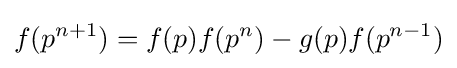
f(p^{n+1})=f(p)f(p^{n})-g(p)f(p^{n-1})